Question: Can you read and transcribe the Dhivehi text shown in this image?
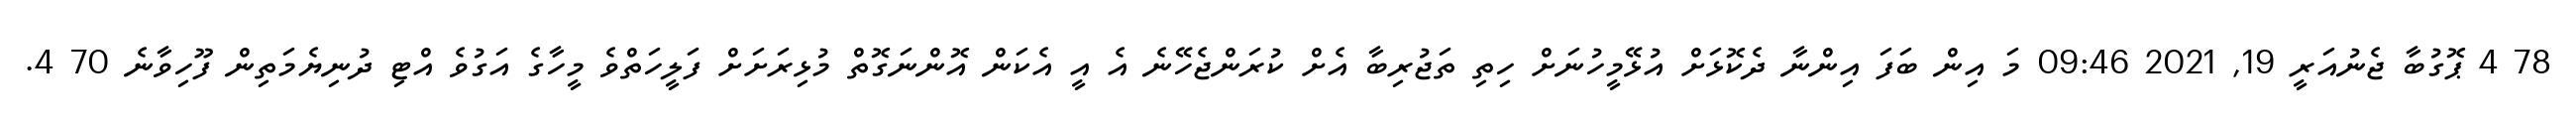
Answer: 78 4 ޕޮގުބާ ޖެނުއަރީ 19, 2021 09:46 މަ އިން ބަފަ އިންނާ ދެކޮޅަށް އުޅޭމީހުނަށް ހިތި ތަޖުރިބާ އެށް ކުރަންޖެހޭނެ އެ އީ އެކަން އޮންނަގޮތް މުޅިރަށަށް ފަލީހަތްވެ މީހާގެ އަގުވެ އްޓި ދުނިޔެމަތިން ފޫހިވާނެ 70 4.